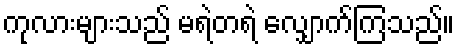
ကုလားများသည် မရဲတရဲ လျှောက်ကြသည်။